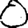
Digit: 0